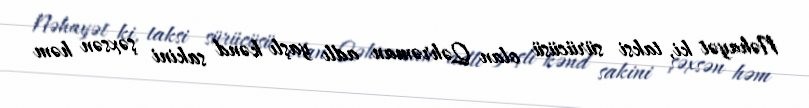
Nəhayət ki, taksi sürücüsü olan Qəhrəman adlı yaşlı kənd sakini şəxsən həm